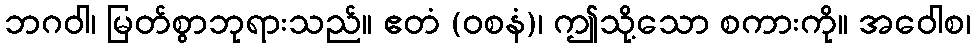
ဘဂဝါ၊ မြတ်စွာဘုရားသည်။ ဧတံ (ဝစနံ)၊ ဤသို့သော စကားကို။ အဝေါစ၊